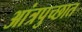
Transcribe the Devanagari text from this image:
आंत्रपुच्छात